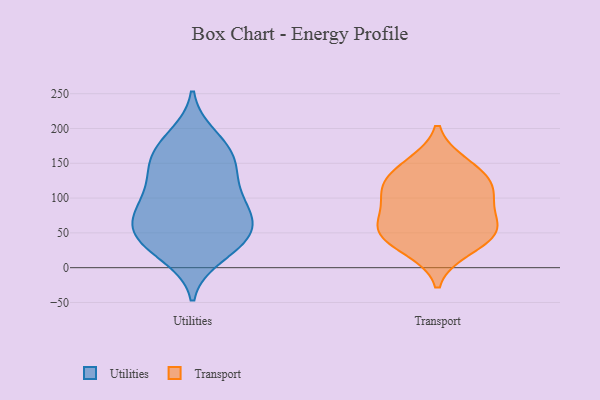
{"axis": {"x": "Page Views", "y": "Value"}, "legend": ["Transport", "Utilities"], "data": [{"x": "", "y": 70, "type": "Utilities"}, {"x": "", "y": 54, "type": "Utilities"}, {"x": "", "y": 81, "type": "Utilities"}, {"x": "", "y": 179, "type": "Utilities"}, {"x": "", "y": 166, "type": "Utilities"}, {"x": "", "y": 59, "type": "Utilities"}, {"x": "", "y": 144, "type": "Utilities"}, {"x": "", "y": 17, "type": "Utilities"}, {"x": "", "y": 84, "type": "Utilities"}, {"x": "", "y": 156, "type": "Utilities"}, {"x": "", "y": 119, "type": "Utilities"}, {"x": "", "y": 110, "type": "Utilities"}, {"x": "", "y": 189, "type": "Utilities"}, {"x": "", "y": 144, "type": "Utilities"}, {"x": "", "y": 54, "type": "Utilities"}, {"x": "", "y": 28, "type": "Utilities"}, {"x": "", "y": 93, "type": "Utilities"}, {"x": "", "y": 33, "type": "Utilities"}, {"x": "", "y": 39, "type": "Utilities"}, {"x": "", "y": 138, "type": "Transport"}, {"x": "", "y": 105, "type": "Transport"}, {"x": "", "y": 67, "type": "Transport"}, {"x": "", "y": 44, "type": "Transport"}, {"x": "", "y": 114, "type": "Transport"}, {"x": "", "y": 27, "type": "Transport"}, {"x": "", "y": 107, "type": "Transport"}, {"x": "", "y": 53, "type": "Transport"}, {"x": "", "y": 148, "type": "Transport"}, {"x": "", "y": 58, "type": "Transport"}]}